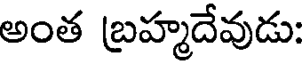
అంత బ్రహ్మదేవుడు: